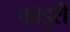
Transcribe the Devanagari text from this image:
कोडुरी